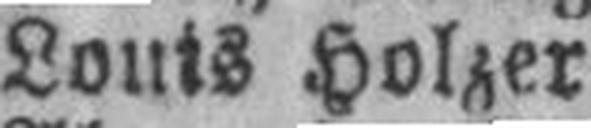
Louis Holzer